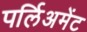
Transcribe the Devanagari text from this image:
पर्लिअमेंट